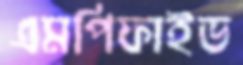
এমপিফাইভ